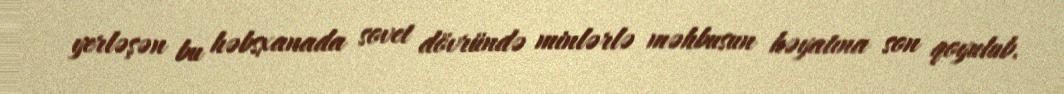
yerləşən bu həbsxanada sovet dövründə minlərlə məhbusun həyatına son qoyulub.